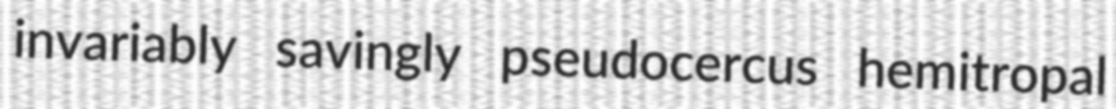
invariably savingly pseudocercus hemitropal